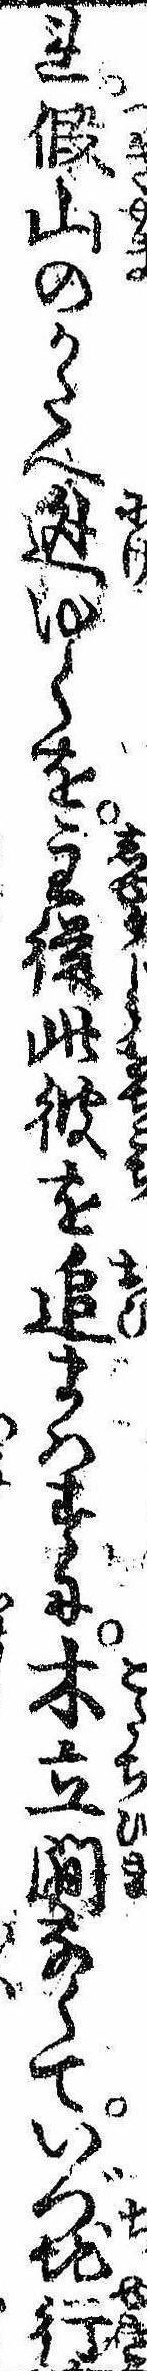
れ仮山のかたへ逃ゆくを主従彼此を追まはすに木立間なくていづ地行